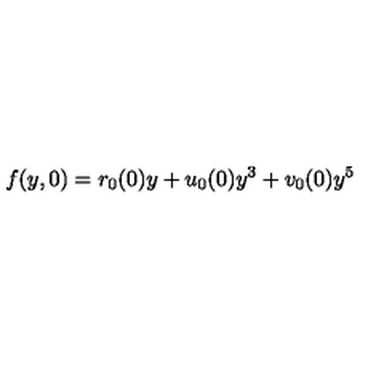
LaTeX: f ( y , 0 ) = r _ { 0 } ( 0 ) y + u _ { 0 } ( 0 ) y ^ { 3 } + v _ { 0 } ( 0 ) y ^ { 5 }